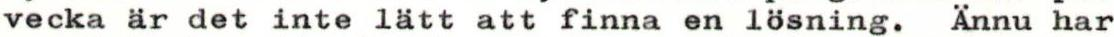
vecka är det inte lätt att finna en lösning. Ännu har